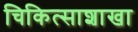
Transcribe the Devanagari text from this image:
चिकित्साशाखा